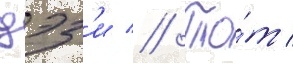
дэз'и // То́т /